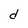
Character: d